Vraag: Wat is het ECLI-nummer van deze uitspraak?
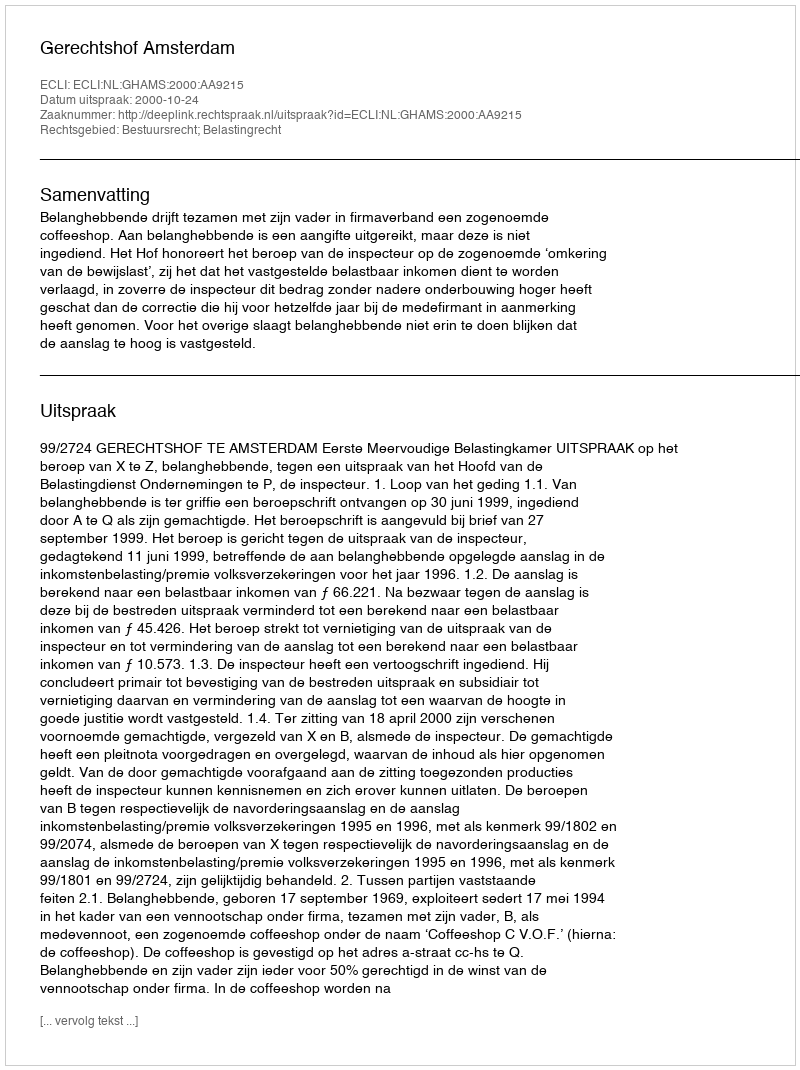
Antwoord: ECLI:NL:GHAMS:2000:AA9215